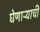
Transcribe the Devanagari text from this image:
घेणाऱ्याची